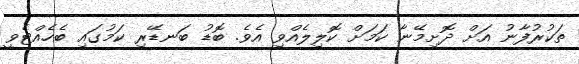
ތަކުރުފާނު އަށް ދޮށިމޭނާ ކަމަށް ކޮލިލެއްވި އެވެ. ބޮޑު ބަނޑޭރި ކަމުގައި ބެހެއްޓެވީ